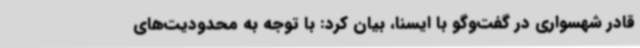
قادر شهسواری در گفت‌وگو با ایسنا، بیان کرد: با توجه به محدودیت‌های